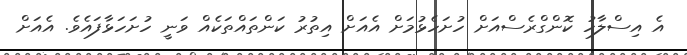
އެ އިސްލާހު ކޮންގްރެސްއަށް ހުށަހެޅުމަށް އެއަށް އިތުރު ކަންތައްތަކެއް ވަނީ ހުށަހަޅާފައެވެ. އެއަށް